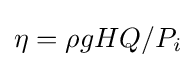
\eta =\rho gHQ/P_{i}